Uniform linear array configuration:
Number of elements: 12
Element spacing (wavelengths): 0.5
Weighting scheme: uniform
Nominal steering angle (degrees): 30
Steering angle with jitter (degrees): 28.011
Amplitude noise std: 0.05
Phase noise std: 0.05

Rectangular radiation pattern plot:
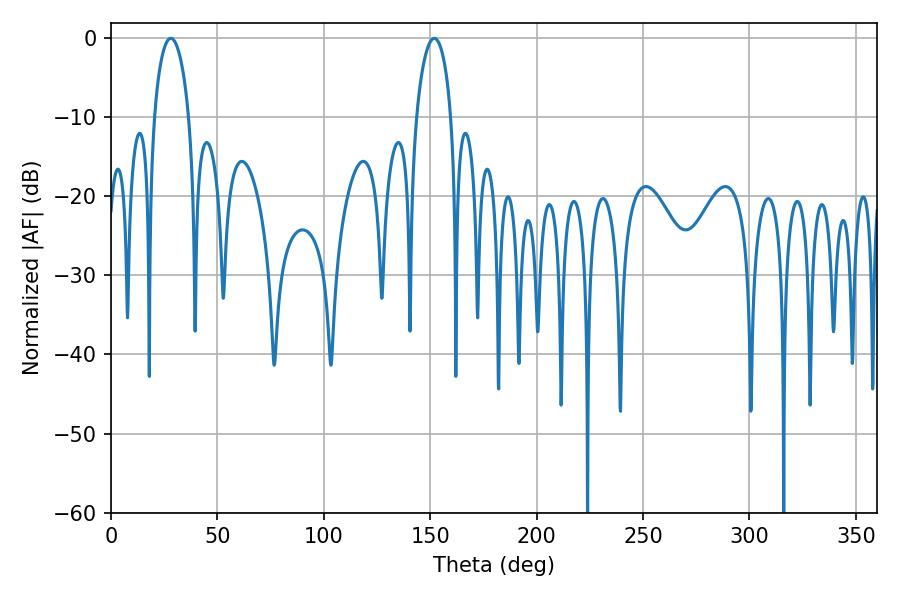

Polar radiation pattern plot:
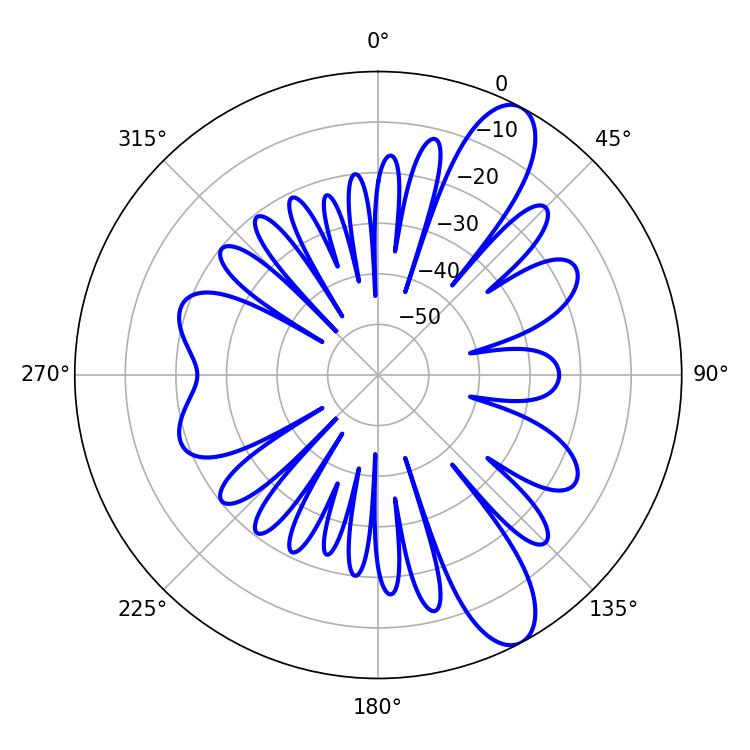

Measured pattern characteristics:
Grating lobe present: FALSE
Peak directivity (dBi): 10.712
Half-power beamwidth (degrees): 9.36
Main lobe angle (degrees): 28.08